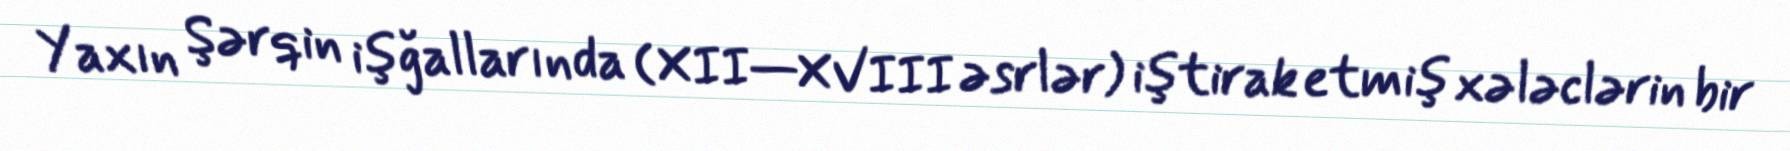
Yaxın Şərqin işğallarında (XII—XVIII əsrlər) iştirak etmiş xələclərin bir